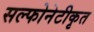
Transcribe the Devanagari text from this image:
सल्फोनेटीकृत